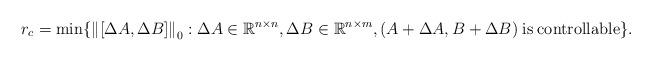
LaTeX: \begin{align*} {r_c} = \min \{ {\left\| {\left[ {\Delta A,\Delta B} \right]} \right\|_0}:\Delta A \in {{\mathbb R}^{n \times n}},\Delta B \in {{\mathbb R}^{n \times m}},(A + \Delta A,B + \Delta B){\kern 1pt} {\kern 1pt} {\kern 1pt} {\rm{is}}{\kern 1pt} {\kern 1pt} {\kern 1pt} {\rm{controllable}}\}.\end{align*}